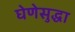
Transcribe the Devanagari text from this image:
घेणेसुद्धा